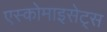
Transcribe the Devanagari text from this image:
एस्कोमाइसेट्स